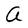
Character: a